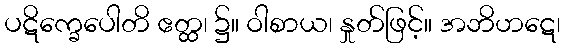
ပဋိက္ခေပေါတိ ဧတ္ထ၊ ၌။ ဝါစာယ၊ နှုတ်ဖြင့်။ အဘိဟဋေ၊